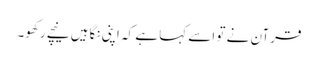
قرآن نے تو اسے کہا ہے کہ اپنی نگاہیں نیچے رکھو۔